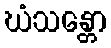
ဃံသန္တော